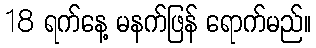
18 ရက်နေ့ မနက်ဖြန် ရောက်မည်။